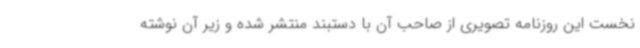
نخست این روزنامه تصویری از صاحب آن با دستبند منتشر شده و زیر آن نوشته